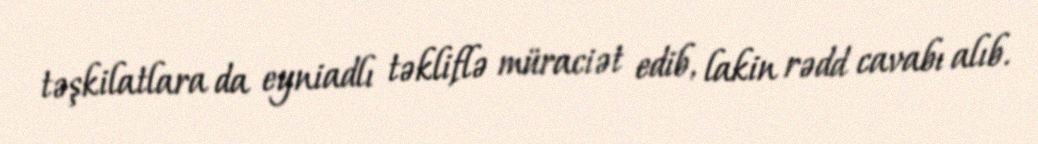
təşkilatlara da eyniadlı təkliflə müraciət edib, lakin rədd cavabı alıb.